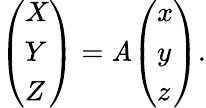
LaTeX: {\left(\begin{array}{l}{X}\\ {Y}\\ {Z}\end{array}\right)}=\mathit{A}{\left(\begin{array}{l}{x}\\ {y}\\ {z}\end{array}\right)}.